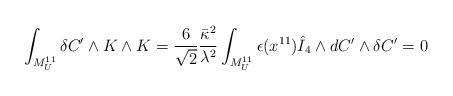
LaTeX: \begin{align*}\int_{M^{11}_U} \delta C' \wedge K \wedge K = \frac{6}{\sqrt{2}} \frac{\bar{\kappa}^2}{\lambda^2} \int_{M^{11}_U} \epsilon(x^{11}) \hat{I}_4 \wedge dC' \wedge \delta C' = 0\end{align*}